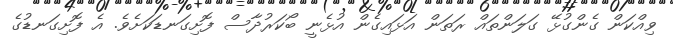
ވިއްކަން ގެންގުޅޭ ގަލަންތައް ރަތަން އަޅައިގެން އުޅެނީ ބޯކަރުދާސް ފޮށިގަނޑަކަށެވެ. އެ ފޮށިގަނޑުގެ